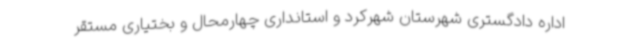
اداره دادگستری شهرستان شهرکرد و استانداری چهارمحال و بختیاری مستقر